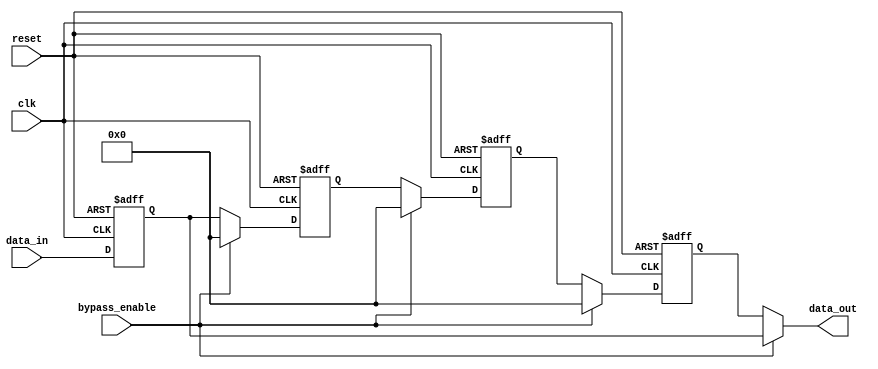
module four_way_bypass_register (
    input wire clk,
    input wire reset,
    input wire [3:0] data_in,
    input wire bypass_enable,
    
    output reg [3:0] data_out
);

reg [3:0] reg0, reg1, reg2, reg3;

always @(posedge clk or posedge reset) begin
    if (reset) begin
        reg0 <= 4'b0;
        reg1 <= 4'b0;
        reg2 <= 4'b0;
        reg3 <= 4'b0;
    end else begin
        if (bypass_enable) begin
            reg0 <= data_in;
            reg1 <= 4'b0;
            reg2 <= 4'b0;
            reg3 <= 4'b0;
        end else begin
            reg0 <= data_in;
            reg1 <= reg0;
            reg2 <= reg1;
            reg3 <= reg2;
        end
    end
end

assign data_out = bypass_enable ? reg0 : reg3;

endmodule